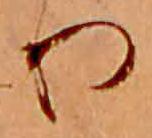
り